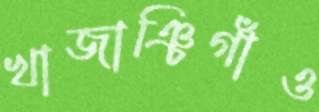
খাজাঞ্চিগাঁও